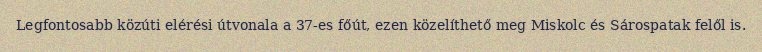
Legfontosabb közúti elérési útvonala a 37-es főút, ezen közelíthető meg Miskolc és Sárospatak felől is.